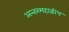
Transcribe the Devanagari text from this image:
अन्तरमहाद्वीप